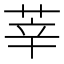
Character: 莘